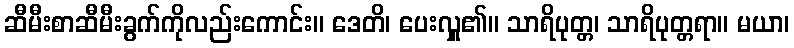
ဆီမီးစာဆီမီးခွက်ကိုလည်းကောင်း။ ဒေတိ၊ ပေးလှူ၏။ သာရိပုတ္တ၊ သာရိပုတ္တရာ။ မယာ၊